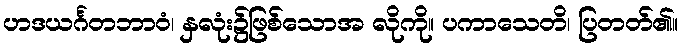
ဟဒယင်္ဂတဘာဝံ၊ နှလုံး၌ဖြစ်သောအ လိုကို။ ပကာသေတိ၊ ပြတတ်၏။